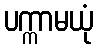
ပက္ကာမယုံ